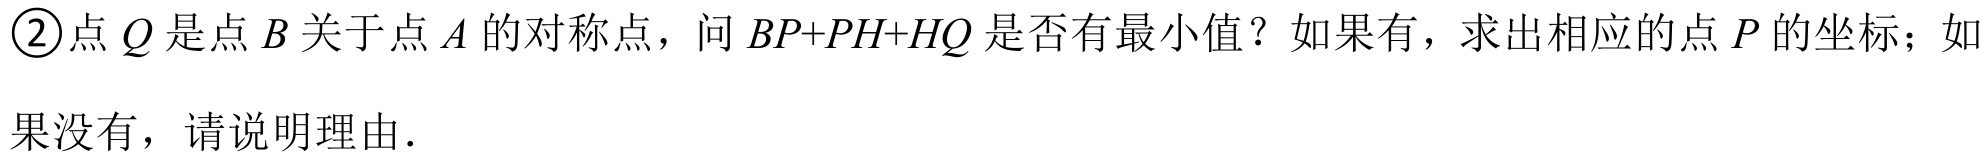
\textcircled{2}点\(Q\)是点\(B\)关于点\(A\)的对称点，问\(BP + PH + HQ\)是否有最小值？如果有，求出相应的点\(P\)的坐标；如
果没有，请说明理由.